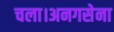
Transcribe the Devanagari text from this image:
चला।अनगसेना